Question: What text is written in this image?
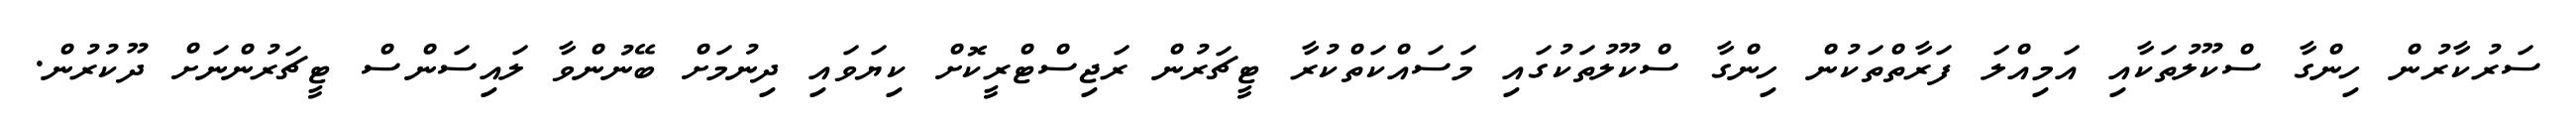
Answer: ސަރުކާރުން ހިންގާ ސްކޫލުތަކާއި އަމިއްލަ ފަރާތްތަކުން ހިންގާ ސްކޫލުތަކުގައި މަސައްކަތްކުރާ ޓީޗަރުން ރަޖިސްޓްރީކޮށް ކިޔަވައި ދިނުމަށް ބޭނުންވާ ލައިސަންސް ޓީޗަރުންނަށް ދޫކުރުން.